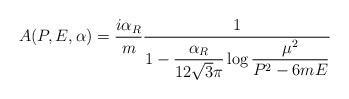
LaTeX: \begin{align*}A(P,E,\alpha)={i\alpha_R\over m}{1\over 1-\displaystyle{\frac{\alpha_R}{12\sqrt{3}\pi}}\log\displaystyle{{\mu^2\over P^2-6mE}}}\end{align*}